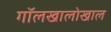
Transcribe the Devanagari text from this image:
गॉलखालोखाल